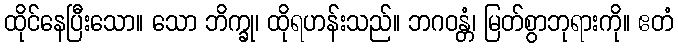
ထိုင်နေပြီးသော။ သော ဘိက္ခု၊ ထိုရဟန်းသည်။ ဘဂဝန္တံ၊ မြတ်စွာဘုရားကို။ ဧတံ